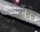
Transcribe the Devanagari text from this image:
जोंसंस